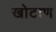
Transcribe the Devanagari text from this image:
खोटाण